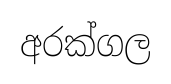
අරක්ගල